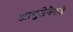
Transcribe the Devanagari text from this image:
आयुसेनेकडे